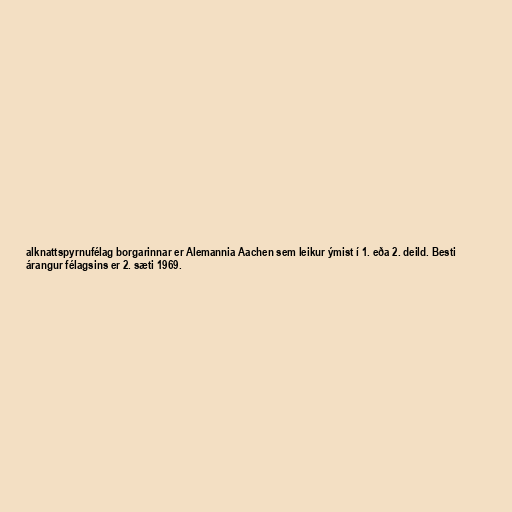
alknattspyrnufélag borgarinnar er Alemannia Aachen sem leikur ýmist í 1. eða 2. deild. Besti
árangur félagsins er 2. sæti 1969.